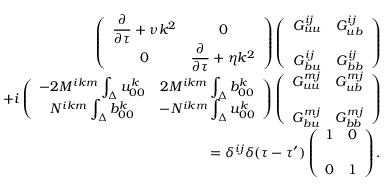
\begin{array} { r l r } & { } & { { \everymath { \displaystyle } \left( { \begin{array} { c c } { \frac { \partial } { \partial \tau } + \nu k ^ { 2 } } & { 0 } \\ { 0 } & { \frac { \partial } { \partial \tau } + \eta k ^ { 2 } } \end{array} } \right) } \left( { \begin{array} { c c } { G _ { u u } ^ { i j } } & { G _ { u b } ^ { i j } } \\ { G _ { b u } ^ { i j } } & { G _ { b b } ^ { i j } \rule { 0 ex } { 5 ex } } \end{array} } \right) } \\ & { } & { { \everymath { \displaystyle } + i \left( { \begin{array} { c c } { - 2 M ^ { i k m } \int _ { \Delta } u _ { 0 0 } ^ { k } } & { 2 M ^ { i k m } \int _ { \Delta } b _ { 0 0 } ^ { k } } \\ { N ^ { i k m } \int _ { \Delta } b _ { 0 0 } ^ { k } } & { - N ^ { i k m } \int _ { \Delta } u _ { 0 0 } ^ { k } } \end{array} } \right) \left( { \begin{array} { c c } { G _ { u u } ^ { m j } } & { G _ { u b } ^ { m j } } \\ { G _ { b u } ^ { m j } } & { G _ { b b } ^ { m j } \rule { 0 ex } { 5 ex } } \end{array} } \right) } } \\ & { } & { = \delta ^ { i j } \delta ( \tau - \tau ^ { \prime } ) \left( { \begin{array} { c c } { 1 } & { 0 } \\ { 0 } & { 1 \rule { 0 ex } { 5 ex } } \end{array} } \right) . } \end{array}